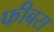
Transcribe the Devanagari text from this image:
फीबस